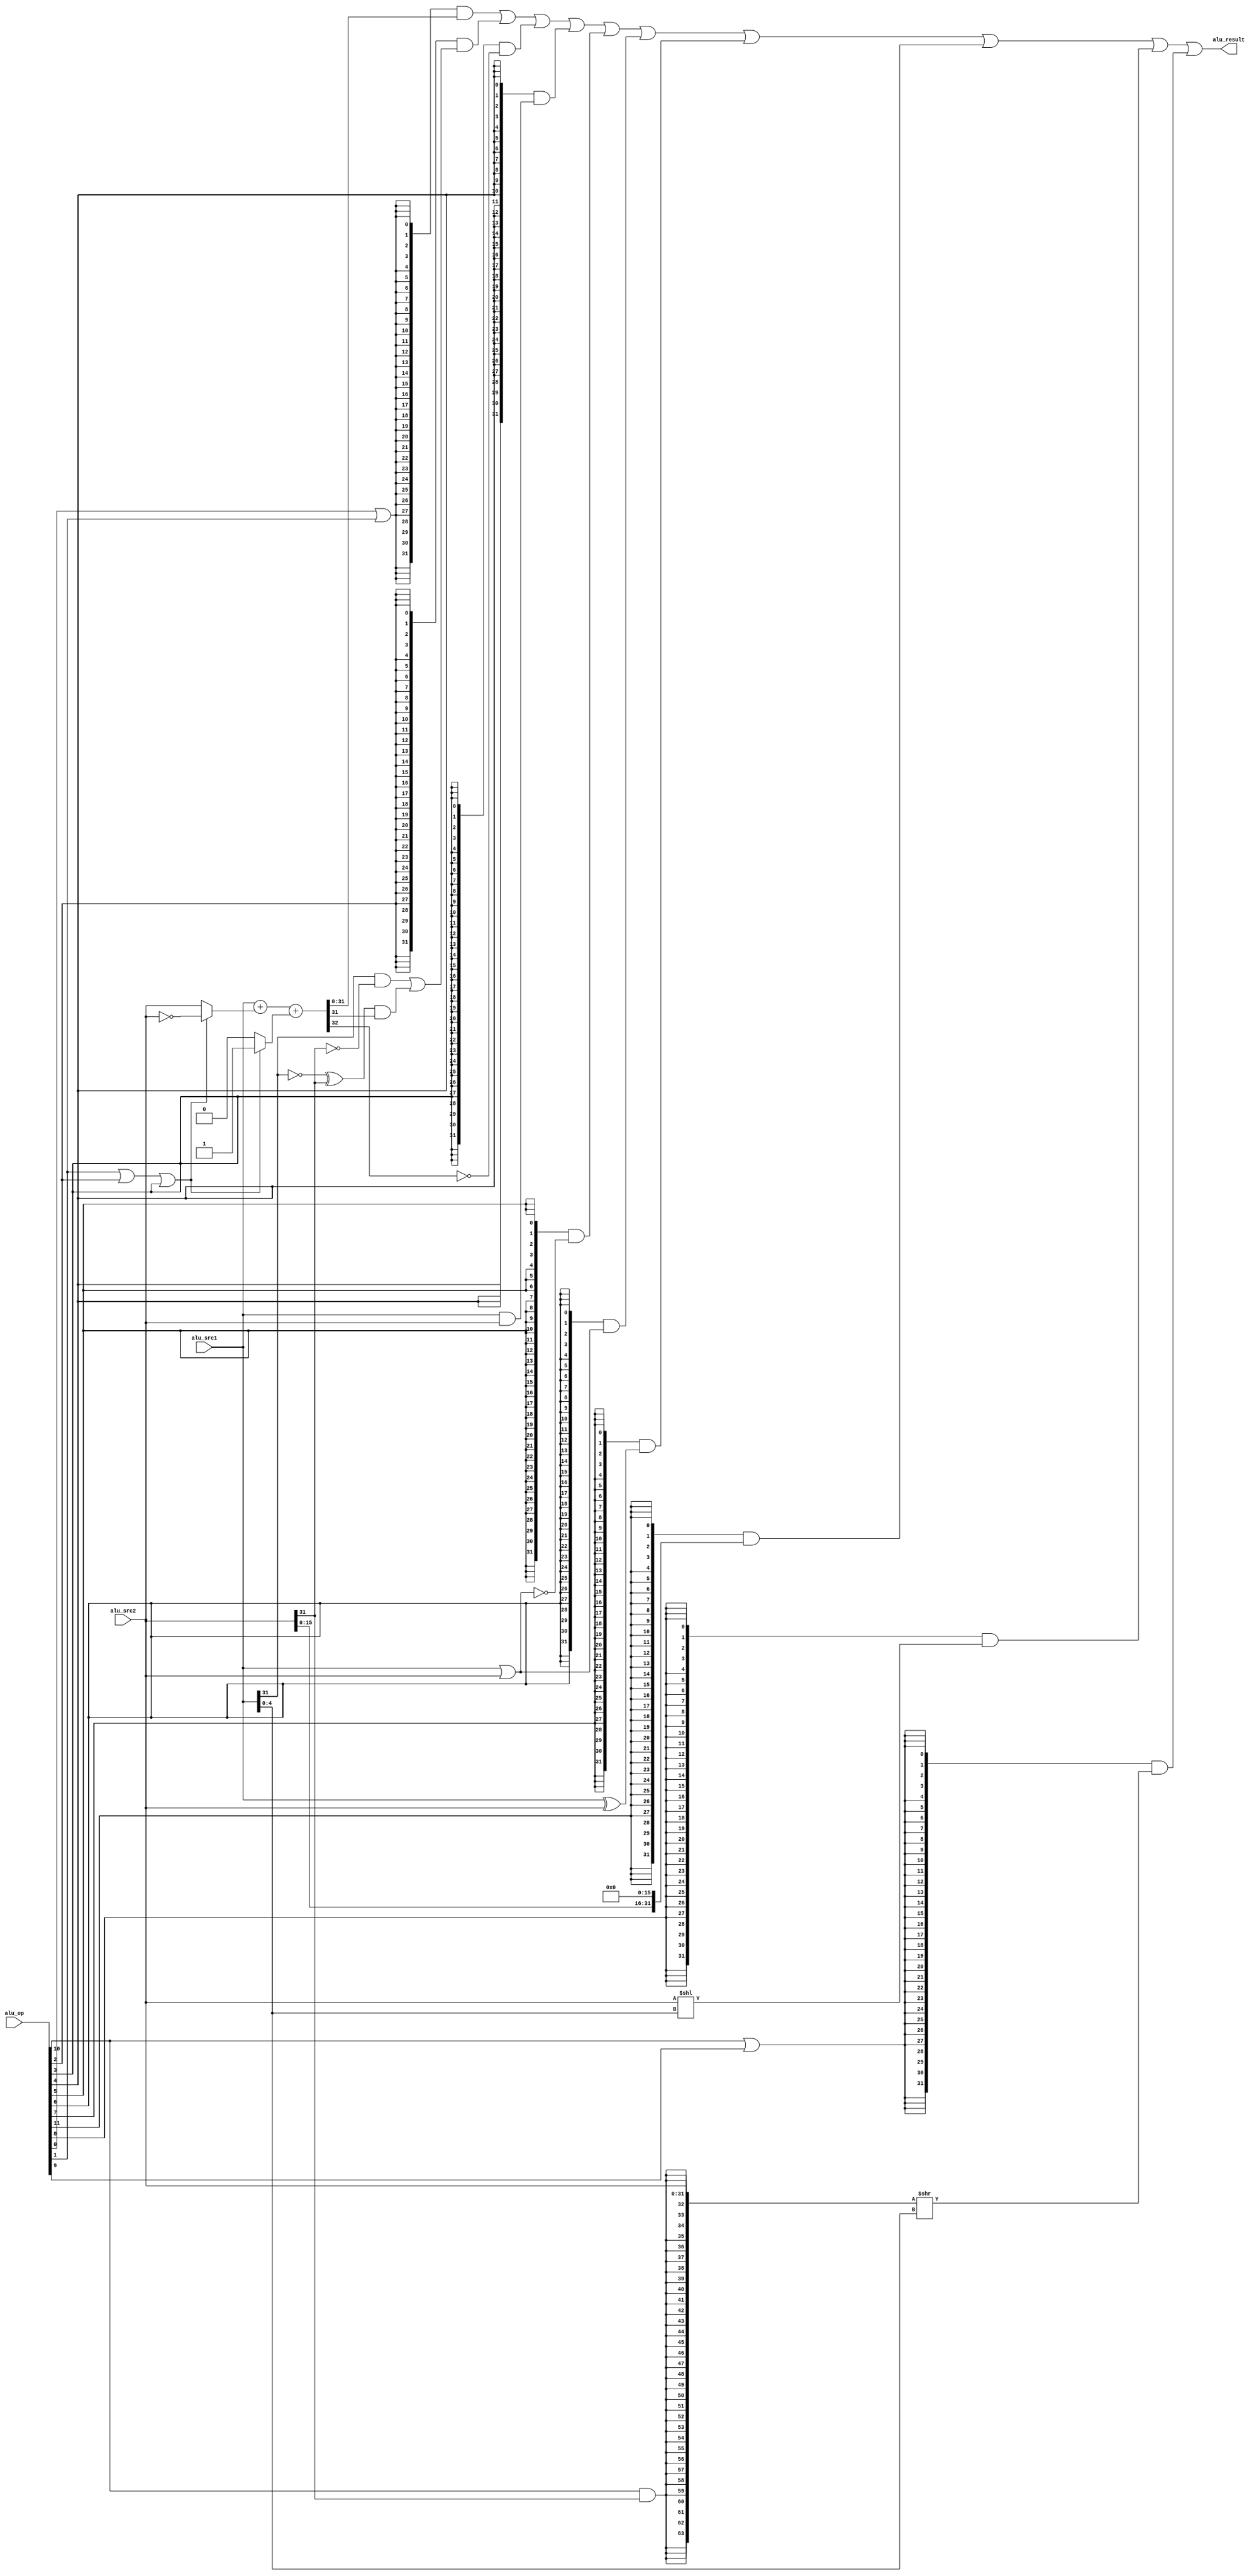
`timescale 1ns / 1ps
//////////////////////////////////////////////////////////////////////////////////
// Company: BIT
// 
// Design Name: 
// Module Name: ALU
// Project Name: 
// Target Devices: 
// Tool Versions: 
// Description: 
// 
// Dependencies: 
// 
// Revision:
// Revision 0.01 - File Created
// Additional Comments:
// 
//////////////////////////////////////////////////////////////////////////////////

module ALU(
	input [11:0] alu_op,
	input [31:0] alu_src1,
	input [31:0] alu_src2,
	output [31:0] alu_result
	);
	//
	wire op_add;	//
	wire op_sub;	//
	wire op_slt;	//1
	wire op_sltu;	//1
	wire op_and;	//
	wire op_nor;	//
	wire op_or;		//
	wire op_xor;	//
	wire op_sll;	//
	wire op_srl;	//
	wire op_sra;	//
	wire op_lui;	//

	//
	assign op_add 	= alu_op[ 0];
	assign op_sub 	= alu_op[ 1];
	assign op_slt 	= alu_op[ 2];
	assign op_sltu 	= alu_op[ 3];
	assign op_and 	= alu_op[ 4];
	assign op_nor 	= alu_op[ 5];
	assign op_or 	= alu_op[ 6];
	assign op_xor 	= alu_op[ 7];
	assign op_sll 	= alu_op[ 8];
	assign op_srl 	= alu_op[ 9];
	assign op_sra 	= alu_op[10];
	assign op_lui 	= alu_op[11];

	//
	wire [31:0] add_sub_result;
	wire [31:0] slt_result;
	wire [31:0] sltu_result;
	wire [31:0] and_result;
	wire [31:0] nor_result;
	wire [31:0] or_result;
	wire [31:0] xor_result;
	wire [31:0] lui_result;
	wire [31:0] sll_result;
	wire [31:0] sr64_result;
	wire [31:0] sr_result;

	//
	wire [31:0] adder_a;
	wire [31:0] adder_b;
	wire 		adder_cin;
	wire [31:0] adder_result;
	wire 		adder_cout;

	/**/
	assign adder_a = alu_src1;
	assign adder_b = (op_sub | op_slt | op_sltu) ? ~alu_src2 : alu_src2; 
	//1
	assign adder_cin = (op_sub | op_slt | op_sltu) ? 1'b1 : 1'b0;
	assign {adder_cout, adder_result} = adder_a + adder_b + adder_cin;
	assign add_sub_result = adder_result;

	/**/
	assign slt_result[31:1] = 31'b0;
	//
	assign slt_result[0] = (alu_src1[31] & ~alu_src2[31])
							| ((~alu_src1[31] ^ alu_src2[31]) & adder_result[31]);
	//
	assign sltu_result[31:1] = 31'b0;
	assign sltu_result[0] = ~adder_cout;

	/**/
	assign and_result = alu_src1 & alu_src2;
	assign or_result = alu_src1 | alu_src2;
	assign nor_result = ~or_result;
	assign xor_result = alu_src1 ^ alu_src2;

	assign lui_result = {alu_src2[15:0], 16'b0};

	/**/
	assign sll_result = alu_src2 << alu_src1[4:0];
	//srasrl0
	assign sr64_result = {{32{op_sra & alu_src2[31]}}, alu_src2[31:0]} >> alu_src1[4:0];
	assign sr_result = sr64_result[31:0];

	//
	assign alu_result = ({32{op_add | op_sub}} & add_sub_result)
				  	  | ({32{op_slt}} & slt_result)
				  	  | ({32{op_sltu}} & sltu_result)
				  	  | ({32{op_and}} & and_result)
				  	  | ({32{op_nor}} & nor_result)
				  	  | ({32{op_or}} & or_result)
				  	  | ({32{op_xor}} & xor_result)
				  	  | ({32{op_lui}} & lui_result)
				  	  | ({32{op_sll}} & sll_result)
				  	  | ({32{op_sra | op_srl}} & sr_result);
endmodule